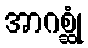
အာဂစ္ဆုံ